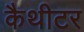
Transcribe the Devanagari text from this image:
कैथीटर